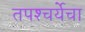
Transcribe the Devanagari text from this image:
तपश्‍चर्येचा